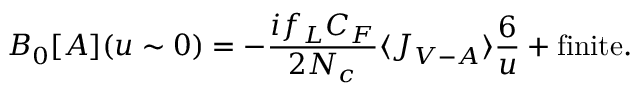
B _ { 0 } [ { \cal A } ] ( u \sim 0 ) = - \frac { i f _ { L } C _ { F } } { 2 N _ { c } } \langle J _ { V - A } \rangle \frac { 6 } { u } + \mathrm { f i n i t e } .